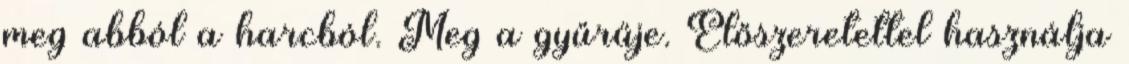
meg abból a harcból. Meg a gyűrűje. Előszeretettel használja